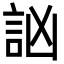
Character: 訩